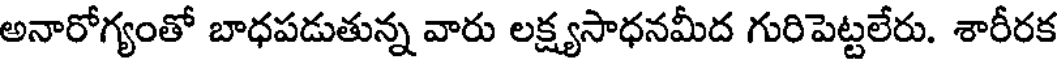
అనారోగ్యంతో బాధపడుతున్న వారు లక్ష్యసాధనమీద గురిపెట్టలేరు. శారీరక